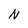
Character: N